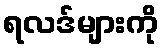
ရလဒ်များကို